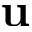
\textbf { u }